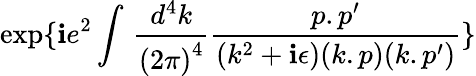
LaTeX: \exp\{ \mathbf{i}e^{2}\int\, \frac{{d^{4}k}}{{{(2\pi)}^{4}}}\frac{{p.p^{\prime}}}{{(k^{2}+\mathbf{i}\epsilon)(k.p)(k.p^{\prime})}}\}